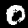
Digit: 0